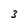
Character: 3